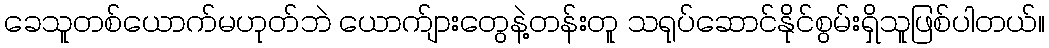
ခေသူတစ်ယောက်မဟုတ်ဘဲ ယောက်ျားတွေနဲ့တန်းတူ သရုပ်ဆောင်နိုင်စွမ်းရှိသူဖြစ်ပါတယ်။